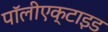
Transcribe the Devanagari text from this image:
पॉलीएक्टाइड